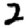
Digit: 2